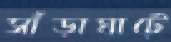
সাঁড়াঘাটে